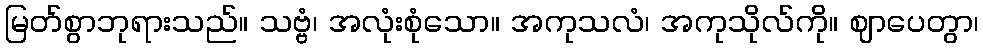
မြတ်စွာဘုရားသည်။ သဗ္ဗံ၊ အလုံးစုံသော။ အကုသလံ၊ အကုသိုလ်ကို။ ဈာပေတွာ၊